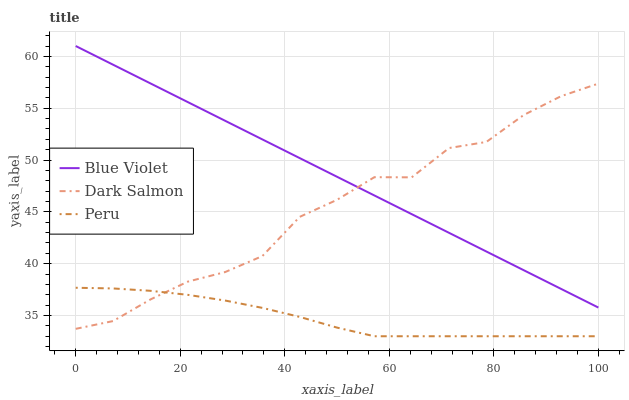
| xaxis_label | Blue Violet | Dark Salmon | Peru |
 | --- | --- | --- | --- |
 | 0 | 61 | 33.7 | 37.7 |
 | 7.14 | 59.2 | 34.5 | 37.6 |
 | 14.3 | 57.4 | 36.5 | 37.4 |
 | 21.4 | 55.6 | 38.3 | 37 |
 | 28.6 | 53.8 | 39.2 | 36.4 |
 | 35.7 | 52 | 40.7 | 35.7 |
 | 42.9 | 50.2 | 44.5 | 34.9 |
 | 50 | 48.4 | 46.2 | 33.8 |
 | 57.1 | 46.6 | 48.3 | 33 |
 | 64.3 | 44.8 | 48.3 | 33 |
 | 71.4 | 43 | 51.2 | 33 |
 | 78.6 | 41.2 | 51.7 | 33 |
 | 85.7 | 39.4 | 54.3 | 33 |
 | 92.9 | 37.6 | 56.2 | 33 |
 | 100 | 35.8 | 57.4 | 33 |